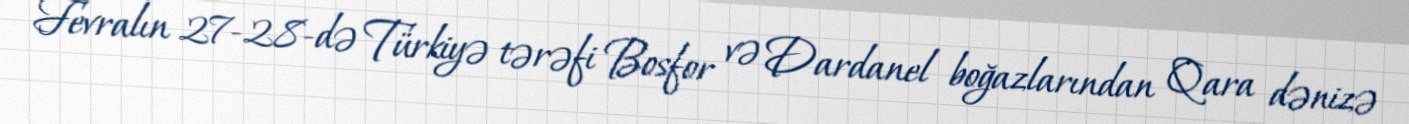
Fevralın 27-28-də Türkiyə tərəfi Bosfor və Dardanel boğazlarından Qara dənizə